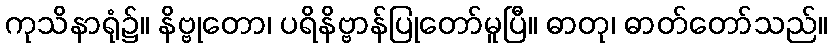
ကုသိနာရုံ၌။ နိဗ္ဗုတော၊ ပရိနိဗ္ဗာန်ပြုတော်မူပြီ။ ဓာတု၊ ဓာတ်တော်သည်။